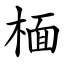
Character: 㮌